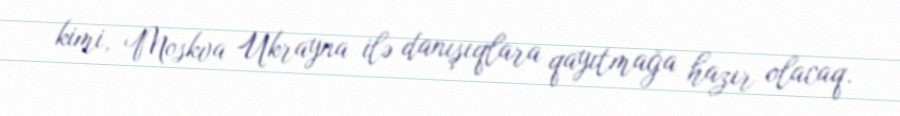
kimi, Moskva Ukrayna ilə danışıqlara qayıtmağa hazır olacaq.